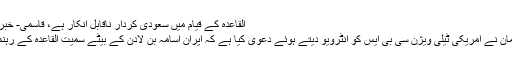
القاعدہ کے قیام میں سعودی کردار ناقابل انکار ہے، قاسمی- خبریں ایران - تسنیم نیوز ایجنسی
سعودی ولی عہد محمد بن سلمان نے امریکی ٹیلی ویژن سی بی ایس کو انٹرویو دیتے ہوئے دعوی کیا ہے کہ ایران اسامہ بن لادن کے بیٹے سمیت القاعدہ کے رہنماؤں کی میزبانی کر رہا ہے۔